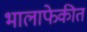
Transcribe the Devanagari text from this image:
भालाफेकीत